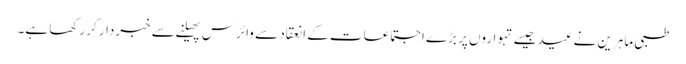
طبی ماہرین نے عید جیسے تہواروں پر بڑے اجتماعات کے انعقاد سے وائرس پھیلنے سے خبردار کر رکھا ہے۔